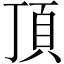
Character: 頂